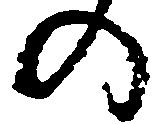
の